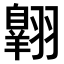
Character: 𫅱